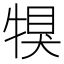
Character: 犑